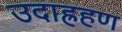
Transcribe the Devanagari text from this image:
उदाह्रहण